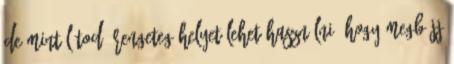
de mint látod, rengeteg helyet lehet használni, hogy megbújj